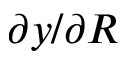
\partial y / \partial R